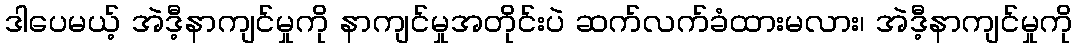
ဒါပေမယ့် အဲဒီ့နာကျင်မှုကို နာကျင်မှုအတိုင်းပဲ ဆက်လက်ခံထားမလား၊ အဲဒီ့နာကျင်မှုကို